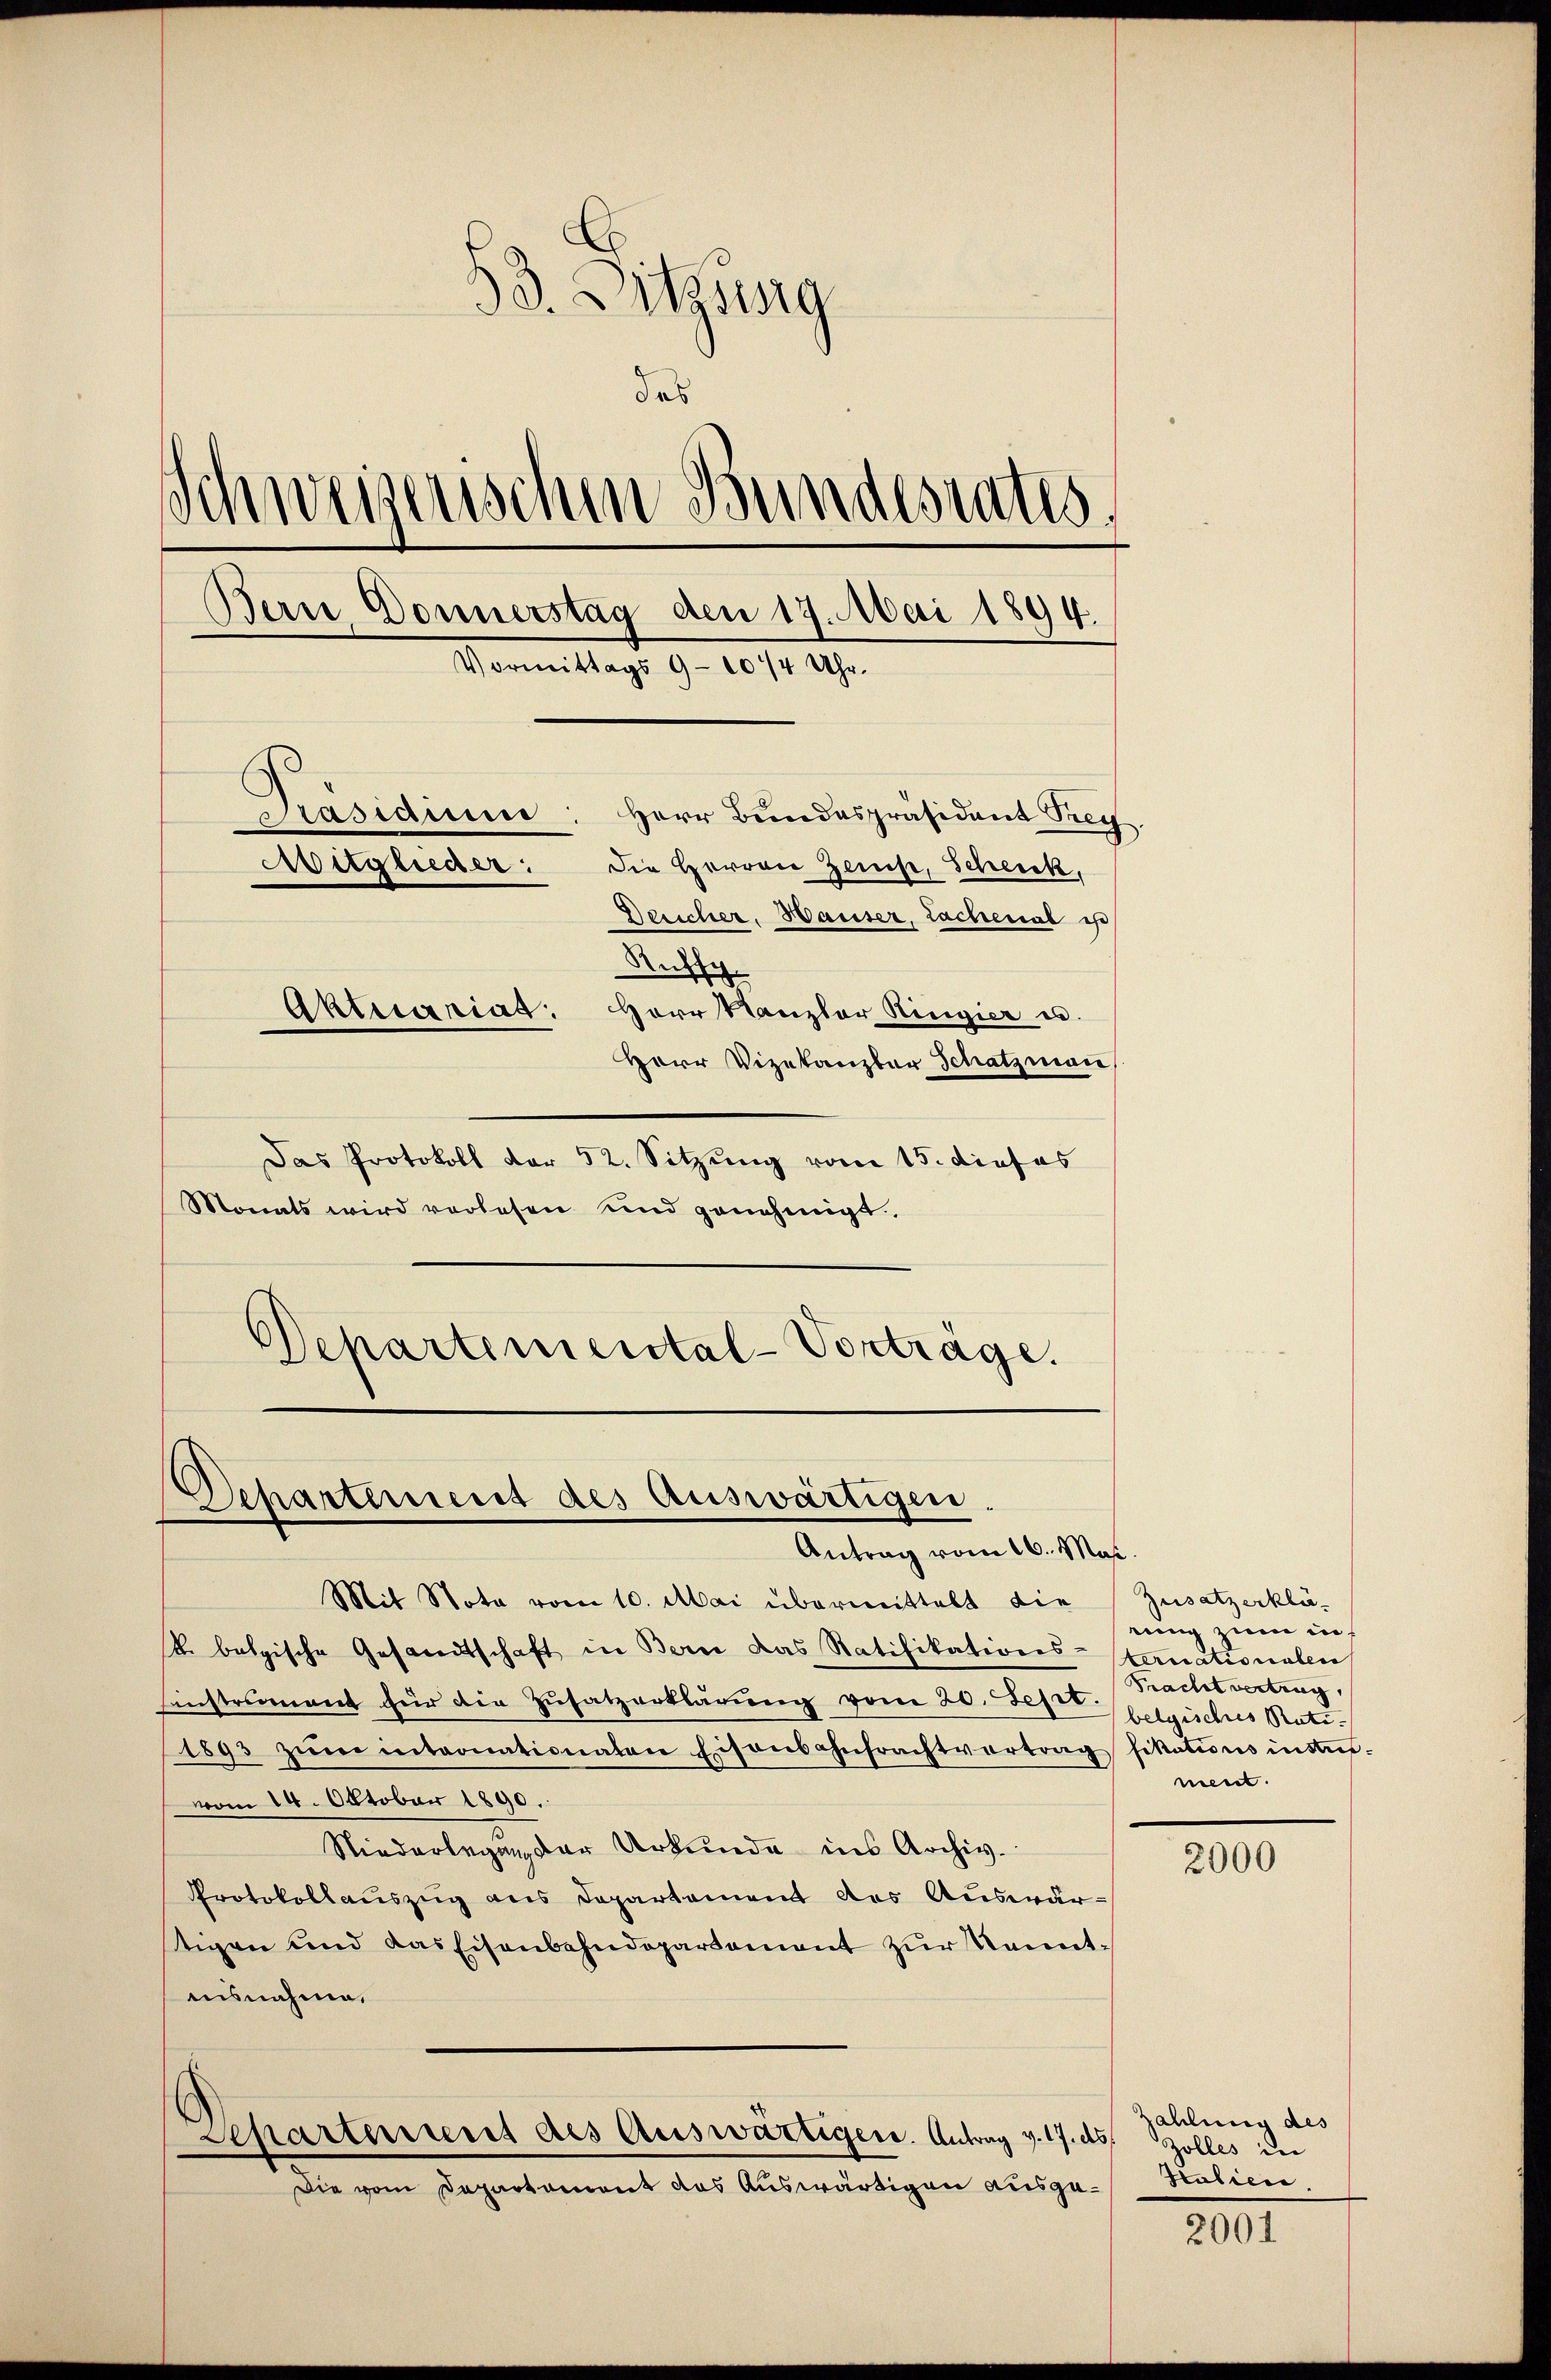
53. Sitzung
das
Schweizerischen Bundesrates,
Bern Donnerstag den 19. Mai 1894.
Vormittags 9-10 1/4 Uhr.
Präsidium
Herr Bundespräsident Trei
Mitglieder:
Die Herren Zeis, Schenck,
Desicher, Hauser, Lachenal is
Ruffi
Aktuariat: Herr Kanzler Ringier u.
Herr Vizekanzler Schatzman
Das Protokoll der 52. Sitzung vom 15. dieses

Monats wird vorlesen und genehmigt.
Departemental-Vorträge.

Departement des Auswärtigen,
Antrag vom 16. Mai.

Mit Nota vom 10. Mai übermittelt die Zusatzerklä-
k. belgische Gesandtschaft in Bern das Ratifikations-Fornationalen
sinstrument für die Zusatzerklärung vom 20. Sept belgisches Rati¬
1893 zum intronationaten Eisenbahntrachtvertrag fikations intan-
vom 14. Oktober 1890.
Niederlegen der Urkunde ins Archiv.
Protokollauszug aus Departement des Auswärstigen und das Eisenbahndepartement zur Kenntuisnahme,
Aepartement des Auswärtigen. Antrag v. 17. ds.
Die vom Departement das Auswärtigen ausge¬

rung zum in
Fracht vertrag,
nent.

2000

Zahlung des
Zolles in
Italien

2001